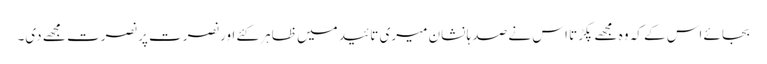
بجائے اس کے کہ وہ مجھے پکڑتا اس نے صد ہا نشان میری تائید میں ظاہر کئے اور نصرت پر نصرت مجھے دی۔